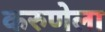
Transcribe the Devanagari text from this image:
करुणेला